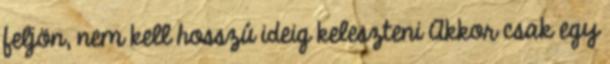
feljön, nem kell hosszú ideig keleszteni Akkor csak egy